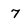
Character: 7